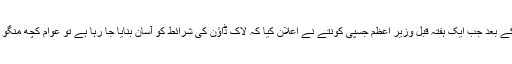
دو ماہ کے شدید لاک ڈاؤن کے بعد جب ایک ہفتہ قبل وزیر اعظم جسپی کونتے نے اعلان کیا کہ لاک ڈاؤن کی شرائط کو آسان بنایا جا رہا ہے تو عوام کچھ منگو کوچوان سے نظر آرہے ہیں۔